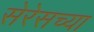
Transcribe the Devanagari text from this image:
सेरेसच्या